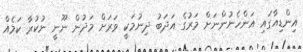
އިންޑިއާގައި އަންހެނުންނަށް މަރުގެ އަދަބު ދިނުމަކީ ވަރަށް މަދުން ނޫނީ ނުކުރާ ކަމެއް